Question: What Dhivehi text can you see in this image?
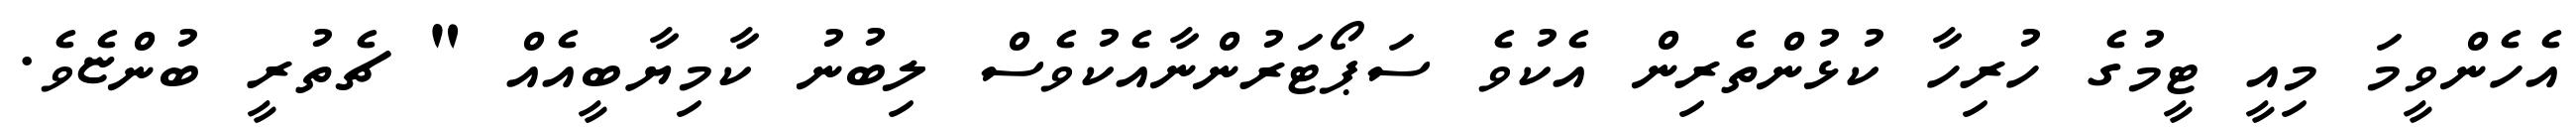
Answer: އެހެންވީމަ މިއީ ޓީމުގެ ހުރިހާ ކުޅުންތެރިން އެކުވެ ސަޕޯޓަރުންނާއެކުވެސް ލިބުނު ކާމިޔާބީއެއް " ޗެތުރީ ބުންޏެވެ.